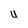
Character: U